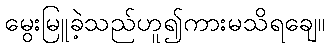
မွေးမြူခဲ့သည်ဟူ၍ကားမသိရချေ။